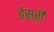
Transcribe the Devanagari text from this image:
ईसरी